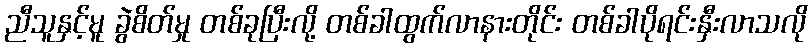
ညီသူနှင့်မူ ခွဲစိတ်မှု တစ်ခုပြီးလို့ တစ်ခါထွက်လာနားတိုင်း တစ်ခါပိုရင်းနှီးလာသလို